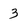
Character: 3